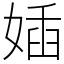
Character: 㛼